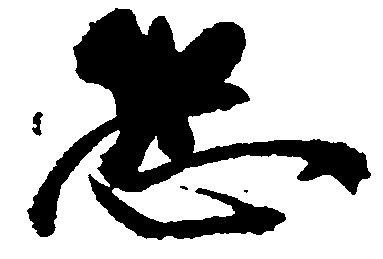
恐